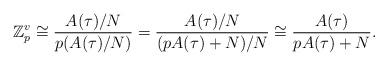
LaTeX: \begin{align*}\mathbb{Z}_p^{v}\cong\frac{A(\tau)/N}{p(A(\tau)/N)}=\frac{A(\tau)/N}{(pA(\tau)+N)/N}\cong\frac{A(\tau)}{pA(\tau)+N}.\end{align*}